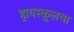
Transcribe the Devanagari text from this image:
हायस्‍कूलचा